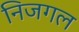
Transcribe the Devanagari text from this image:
निजगल